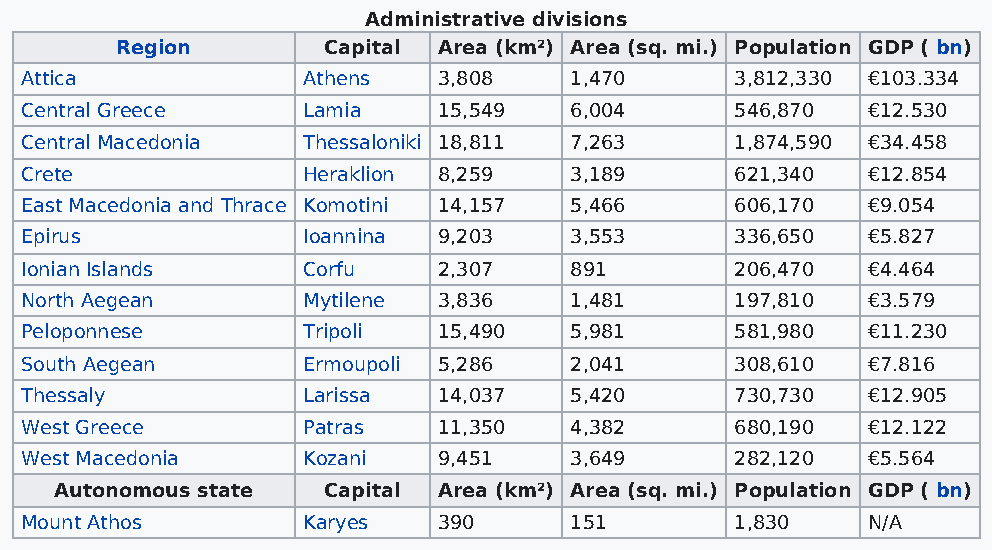
Administrative divisions
 Region       Capital Area (km²) Area (sq. mi.) Population GDP ( bn)
 Attica             Athens   3,808    1,470      3,812,330 €103.334
 Central Greece     Lamia    15,549   6,004      546,870 €12.530
 Central Macedonia  Thessaloniki 18,811 7,263    1,874,590 €34.458
 Crete              Heraklion 8,259   3,189      621,340 €12.854
 East Macedonia and Thrace Komotini 14,157 5,466 606,170 €9.054
 Epirus             Ioannina 9,203    3,553      336,650 €5.827
 Ionian Islands     Corfu    2,307    891        206,470 €4.464
 North Aegean       Mytilene 3,836    1,481      197,810 €3.579
 Peloponnese        Tripoli  15,490   5,981      581,980 €11.230
 South Aegean       Ermoupoli 5,286   2,041      308,610 €7.816
 Thessaly           Larissa  14,037   5,420      730,730 €12.905
 West Greece        Patras   11,350   4,382      680,190 €12.122
 West Macedonia     Kozani   9,451    3,649      282,120 €5.564
 Autonomous state Capital Area (km²) Area (sq. mi.) Population GDP ( bn)
 Mount Athos        Karyes   390      151        1,830   N/A